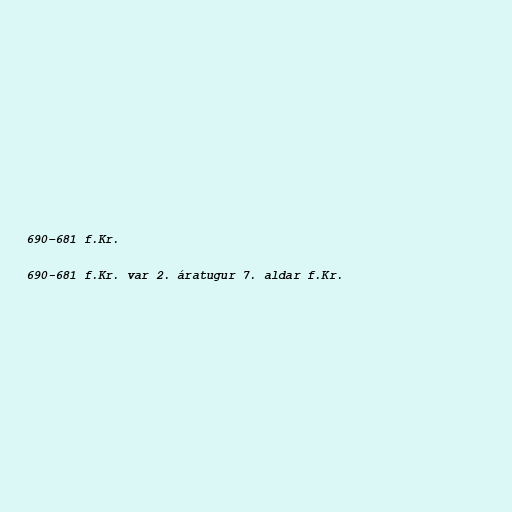
690–681 f.Kr.

690-681 f.Kr. var 2. áratugur 7. aldar f.Kr.